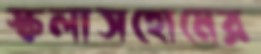
স্কলাসহোমের